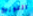
التوزيع